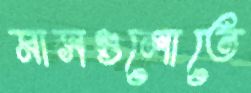
মাসগুলোতে